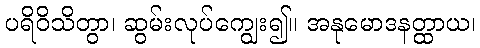
ပရိဝိသိတွာ၊ ဆွမ်းလုပ်ကျွေး၍။ အနုမောဒနတ္ထာယ၊